Annual administration report of the Civil Veterinary Department of India - 1894-1895
Year: 1894
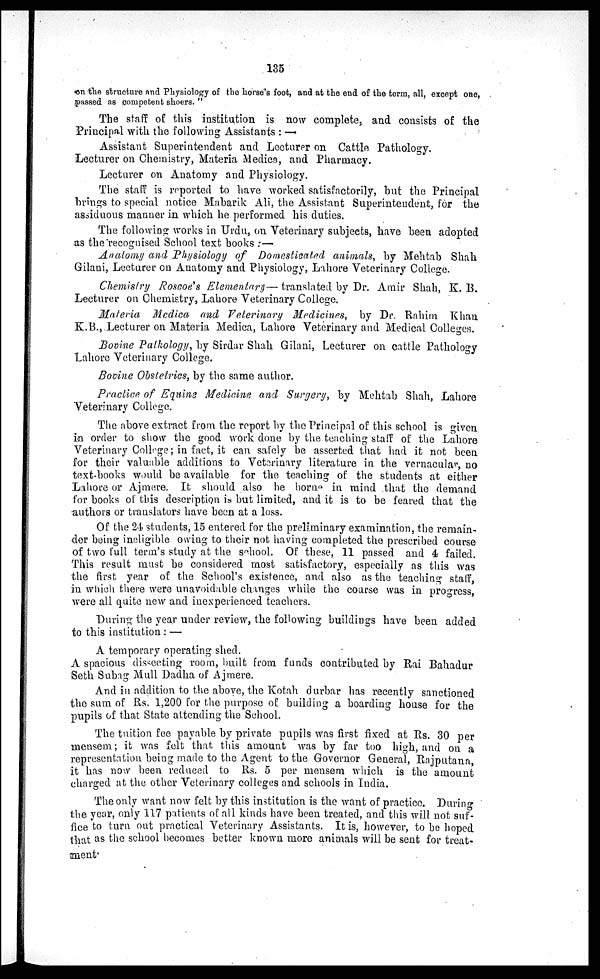
135
on the structure and Physiology of the horse's foot, and at the end of the term, all, except one,
passed as competent shoers. "
The staff of this institution is now complete, and consists of the
Principal with the following Assistants : —
Assistant Superintendent and Lecturer on Cattle Pathology.
Lecturer on Chemistry, Materia Medica, and Pharmacy.
Lecturer on Anatomy and Physiology.
The staff is reported to have worked satisfactorily, but the Principal
brings to special notice Mabarik Ali, the Assistant Superintendent, for the
assiduous manner in which he performed his duties.
The following works in Urdu, on Veterinary subjects, have been adopted
as the recognised School text books :—
Anatomy and Physiology of Domesticated animals, by Mehtab Shah
Gilani, Lecturer on Anatomy and Physiology, Lahore Veterinary College.
Chemistry Roscoe's Elementary— translated by Dr. Amir Shah, K. B.
Lecturer on Chemistry, Lahore Veterinary College.
Materia Medica and Veterinary Medicines, by Dr. Rahim Khan
K.B., Lecturer on Materia Medica, Lahore Veterinary and Medical Colleges.
Bovine Pathology, by Sirdar Shah Gilani, Lecturer on cattle Pathology
Lahore Veterinary College.
Bovine Obstetrics, by the same author.
Practice of Equine Medicine and Surgery, by Mehtab Shah, Lahore
Veterinary College.
The above extract from the report by the Principal of this school is given
in order to show the good work done by the teaching staff of the Lahore
Veterinary College; in fact, it can safely be asserted that had it not been
for their valuable additions to Veterinary literature in the vernacular, no
text-books would be available for the teaching of the students at either
Lahore or Ajmere. It should also be borne in mind that the demand
for books of this description is but limited, and it is to be feared that the
authors or translators have been at a loss.
Of the 24 students, 15 entered for the preliminary examination, the remain-
der being ineligible owing to their not having completed the prescribed course
of two full term's study at the school. Of these, 11 passed and 4 failed.
This result must be considered most satisfactory, especially as this was
the first year of the School's existence, and also as the teaching staff,
in which there were unavoidable changes while the course was in progress,
were all quite new and inexperienced teachers.
During the year under review, the following buildings have been added
to this institution : —
A temporary operating shed.
A spacious dissecting room, built from funds contributed by Rai Bahadur
Seth Subag Mull Dadha of Ajmere.
And in addition to the above, the Kotah durbar has recently sanctioned
the sum of Rs. 1,200 for the purpose of building a boarding house for the
pupils of that State attending the School.
The tuition fee payable by private pupils was first fixed at Rs. 30 per
mensem; it was felt that this amount was by far too high, and on a
representation being made to the Agent to the Governor General, Rajputana,
it has now been reduced to Rs. 5 per mensem which is the amount
charged at the other Veterinary colleges and schools in India.
The only want now felt by this institution is the want of practice. During
the year, only 117 patients of all kinds have been treated, and this will not suf-
fice to turn out practical Veterinary Assistants. It is, however, to be hoped
that as the school becomes better known more animals will be sent for treat-
ment.